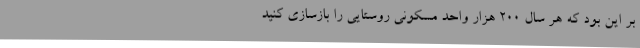
بر این بود که هر سال 200 هزار واحد مسکونی روستایی را بازسازی کنید